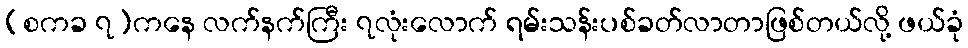
(စကခ ၇)ကနေ လက်နက်ကြီး ၇လုံးလောက် ရမ်းသန်းပစ်ခတ်လာတာဖြစ်တယ်လို့ ဖယ်ခုံ